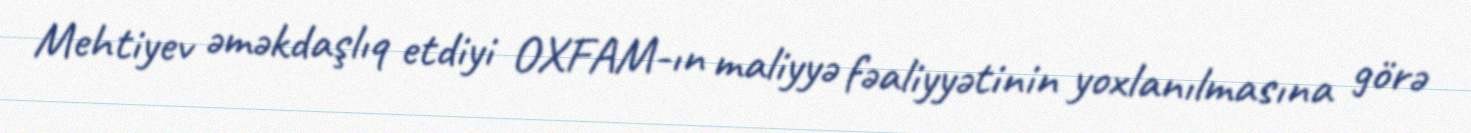
Mehtiyev əməkdaşlıq etdiyi OXFAM-ın maliyyə fəaliyyətinin yoxlanılmasına görə